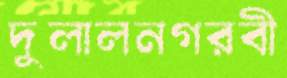
দুলালনগরবী